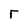
Character: r